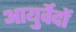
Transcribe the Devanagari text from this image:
आयुर्वेदों